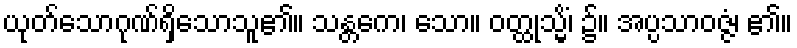
ယုတ်သောဂုဏ်ရှိသောသူ၏။ သန္တကေ၊ သော။ ဝတ္ထုသ္မိံ၊ ၌။ အပ္ပသာဝဇ္ဇံ၊ ၏။